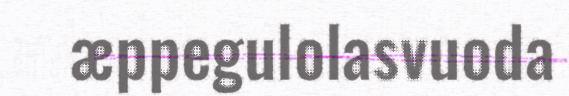
æppegulolasvuoda